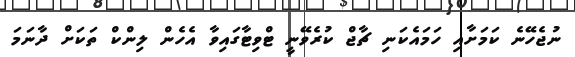
ނުޖެހޭނެ ކަމަށާއި ހަމައެކަނި ޗާޖް ކުރެވޭނީ ޓްވިޓާގައިވާ އެހެން ލިންކް ތަކަށް ދާނަމަ